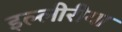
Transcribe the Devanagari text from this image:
इल्लीरीया